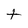
Character: t